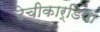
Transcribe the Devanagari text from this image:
टेचीकार्डिया